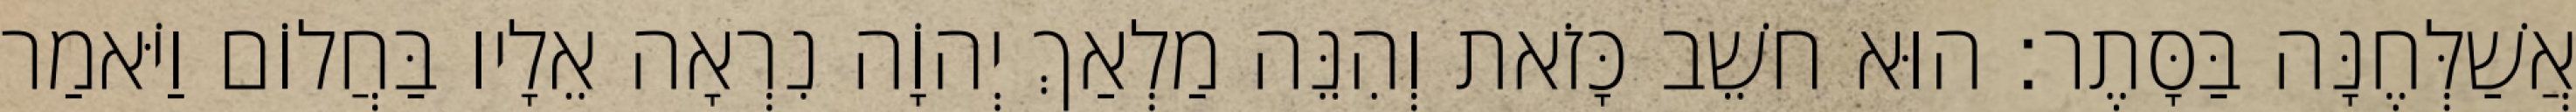
אֲשַׁלְּחֶנָּה בַּסָּתֶר׃ הוּא חשֵׁב כָּזֹאת וְהִנֵּה מַלְאַךְ יְהוָֹה נִרְאָה אֵלָיו בַּחֲלוֹם וַיֹּאמַר